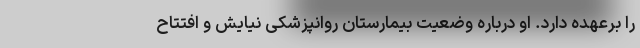
را برعهده دارد. او درباره وضعیت بیمارستان روانپزشکی نیایش و افتتاح